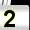
Digit: 2